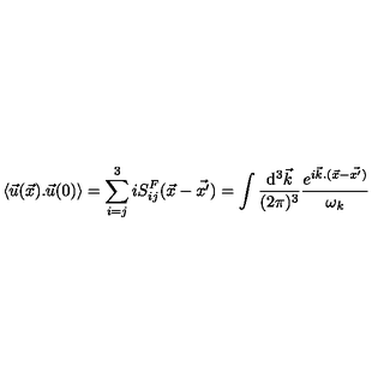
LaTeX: \langle { \vec { u } } ( \vec { x } ) . { \vec { u } } ( 0 ) \rangle = \sum _ { i = j } ^ { 3 } i S _ { i j } ^ { F } ( { \vec { x } } - { \vec { x ^ { \prime } } } ) = \int { \frac { \mathrm { d } ^ { 3 } { \vec { k } } } { ( 2 \pi ) ^ { 3 } } } { { \frac { e ^ { i { \vec { k } } . ( { \vec { x } } - { \vec { x ^ { \prime } } ) } } } { \omega _ { k } } } }